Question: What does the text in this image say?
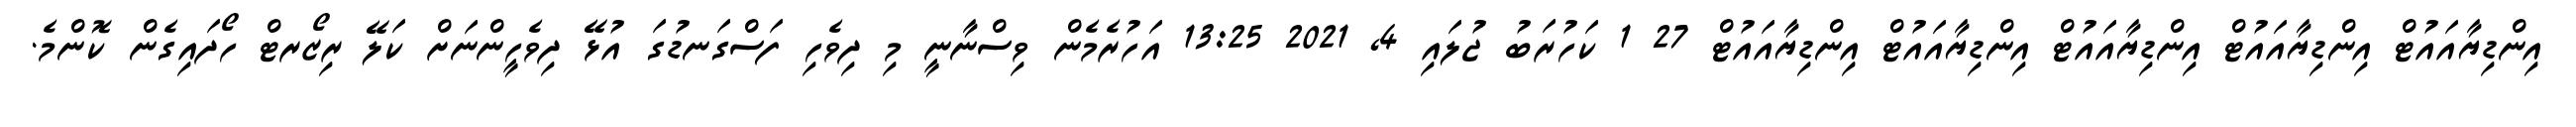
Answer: އިންޑިޔާއައުޓް އިންޑިޔާއައުޓް އިންޑިޔާއައުޓް އިންޑިޔާއައުޓް އިންޑިޔާއައުޓް 27 1 ކަހުރަބު ޖުލައި 4, 2021 13:25 އަހުރެމެން ވިސްނާނީ މި ދިވެހި ފަސްގަނޑުގަ އުޅޭ ދިވެހީންނަށް ކަލޭ ރިޒޯރޓް ހޯދައިގެން ކޮންމެ.